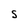
Character: S